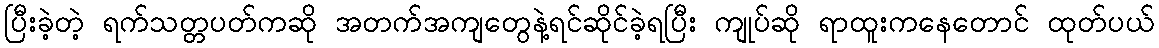
ပြီးခဲ့တဲ့ ရက်သတ္တပတ်ကဆို အတက်အကျတွေနဲ့ရင်ဆိုင်ခဲ့ရပြီး ကျုပ်ဆို ရာထူးကနေတောင် ထုတ်ပယ်